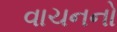
વાચનનો